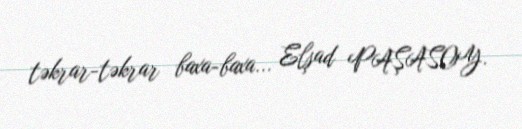
təkrar-təkrar baxa-baxa... Elşad PAŞASOY.